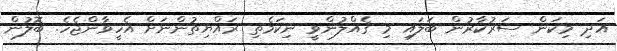
އަދި މިކަން ސަރުކާރުން ބަލައި މި ގެއްލުންވީ ނިކަމެތި ރައްޔިތުންނަށް އެހީވާންޖެހެ. ބޮލުން